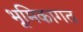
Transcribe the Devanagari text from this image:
भूमिकागत